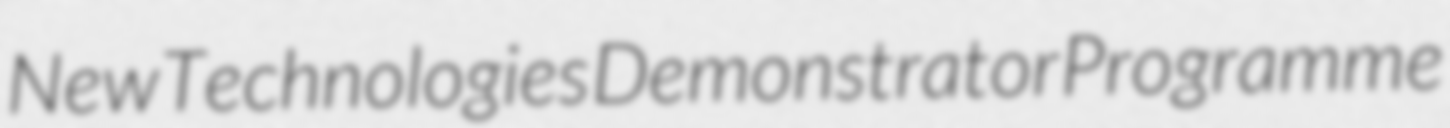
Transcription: New Technologies Demonstrator Programme